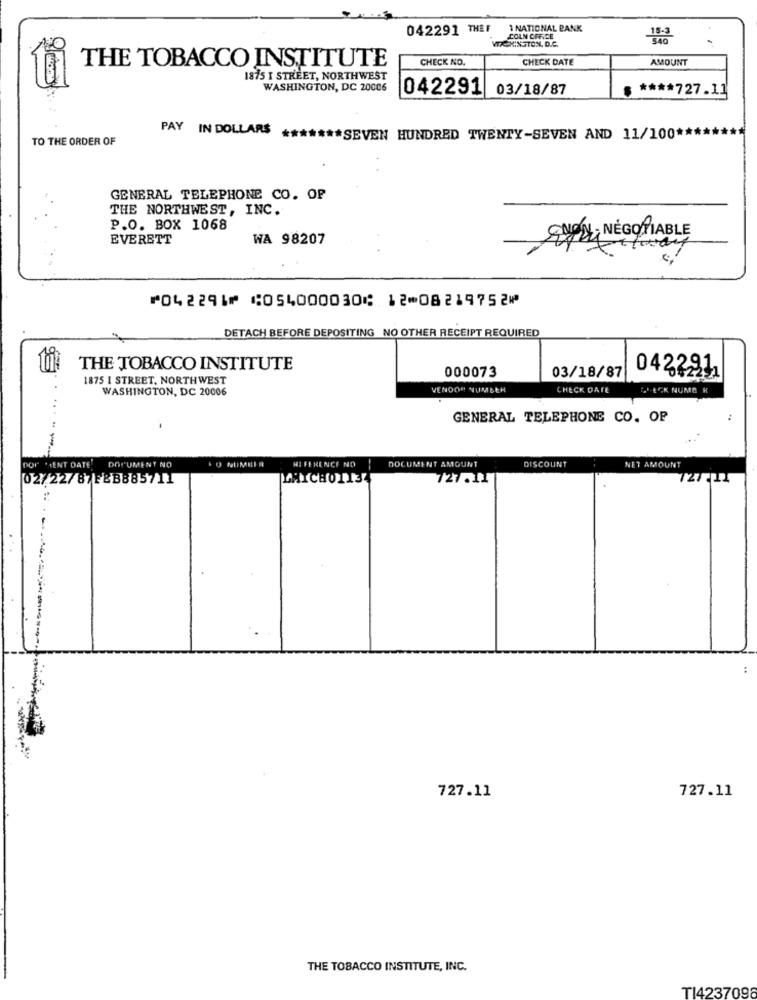
042291 THEF
1 NATIONAL BANK
WICKINGTON, D.C.
COLN CAF.CE
CHECK NO.
CHECK DATE
AMOUNT
THE TOBACCO INSTITUTE
1875 T STREET, NORTHWEST
WASHINGTON, DC 20006
042291 03/18/87
**** 727.11
PAY IN DOLLARS
TO THE ORDER OF
****** SEVEN HUNDRED TWENTY-SEVEN AND 11/100 ***
GENERAL TELEPHONE CO. OF
THE NORTHWEST, INC.
P.O. BOX 1068
ENON NEGOTIABLE
EVERETT
WA 98207
⑈042291⑈ ⑆054000030⑆ 12⑉08219752⑈
DETACH BEFORE DEPOSITING NO OTHER RECEIPT REQUIRED
ti
THE TOBACCO INSTITUTE
000073
03/18/87
0422211
1875 I STREET, NORTHWEST
WASHINGTON, DC 20006
VENDOR NUMBER
CHECK DATE
L'-ECK NUME H
..
GENERAL TELEPHONE CO. OP
--
DOP .IENT DATE
DOCUMENT NO
HI FERENCE NO
DOCUMENT AMOUNT
DISCOUNT
NET AMOUNT
02/22/87 FEB88571
LMICHOTI
727.11
727.11
727.11
THE TOBACCO INSTITUTE, INC.
TI4237098